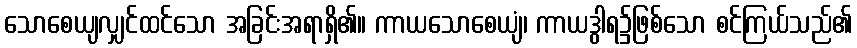
သောစေယျလျှင်ထင်သော အခြင်းအရာရှိ၏။ ကာယသောစေယျံ၊ ကာယဒွါရ၌ဖြစ်သော စင်ကြယ်သည်၏